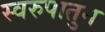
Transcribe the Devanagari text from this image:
स्वरुपातुन